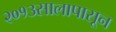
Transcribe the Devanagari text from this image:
२०१३सालापासून